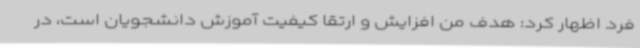
فرد اظهار کرد: هدف من افزایش و ارتقا کیفیت آموزش دانشجویان است، در